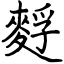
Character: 䴸